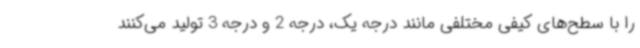
را با سطح‌های کیفی مختلفی مانند درجه یک، درجه 2 و درجه 3 تولید می‌کنند